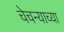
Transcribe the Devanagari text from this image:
चेचन्याच्या